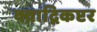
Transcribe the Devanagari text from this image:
क्वाद्रिकप्टर